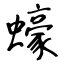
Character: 蠔